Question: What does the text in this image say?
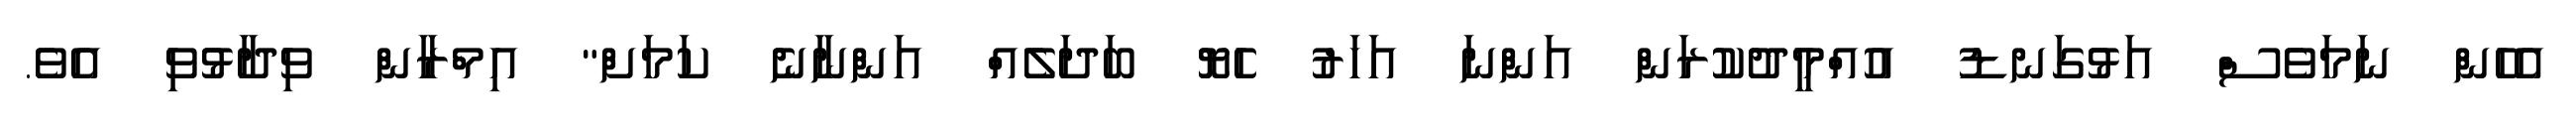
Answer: އެހެން ނަމަވެސް އަޅުގަނޑު އުއްމީދުކުރަން އަންނަ އަހަރު ހެޔޮ ބަދަލެއް އަންނާނެ ކަމަށް" އިމްރާން ވިދާޅުވި އެވެ.